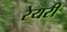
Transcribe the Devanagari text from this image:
रेयरी